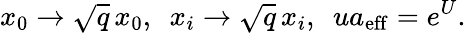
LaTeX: x_{0}\rightarrow\sqrt{q}\, x_{0},~~x_{i}\rightarrow\sqrt{q}\, x_{i},~~ua_{\mathrm{eff}}=e^{U}.